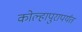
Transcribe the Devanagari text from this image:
कोल्हापुरापर्यंत